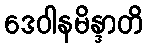
ဒေဝါနမိန္ဒာတိ